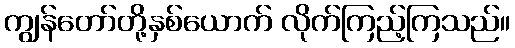
ကျွန်တော်တို့နှစ်ယောက် လိုက်ကြည့်ကြသည်။